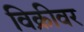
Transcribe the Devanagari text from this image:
विक्रीवर